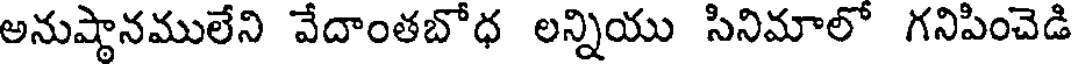
అనుష్థానములేని వేదాంతబోధ లన్నియు సినిమాలో గనిపించెడి